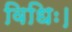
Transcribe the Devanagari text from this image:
विधिः।